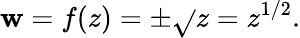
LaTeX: \mathbf{w}=f(z)=\pm{\sqrt{}{{z}}}=z^{1/2}.